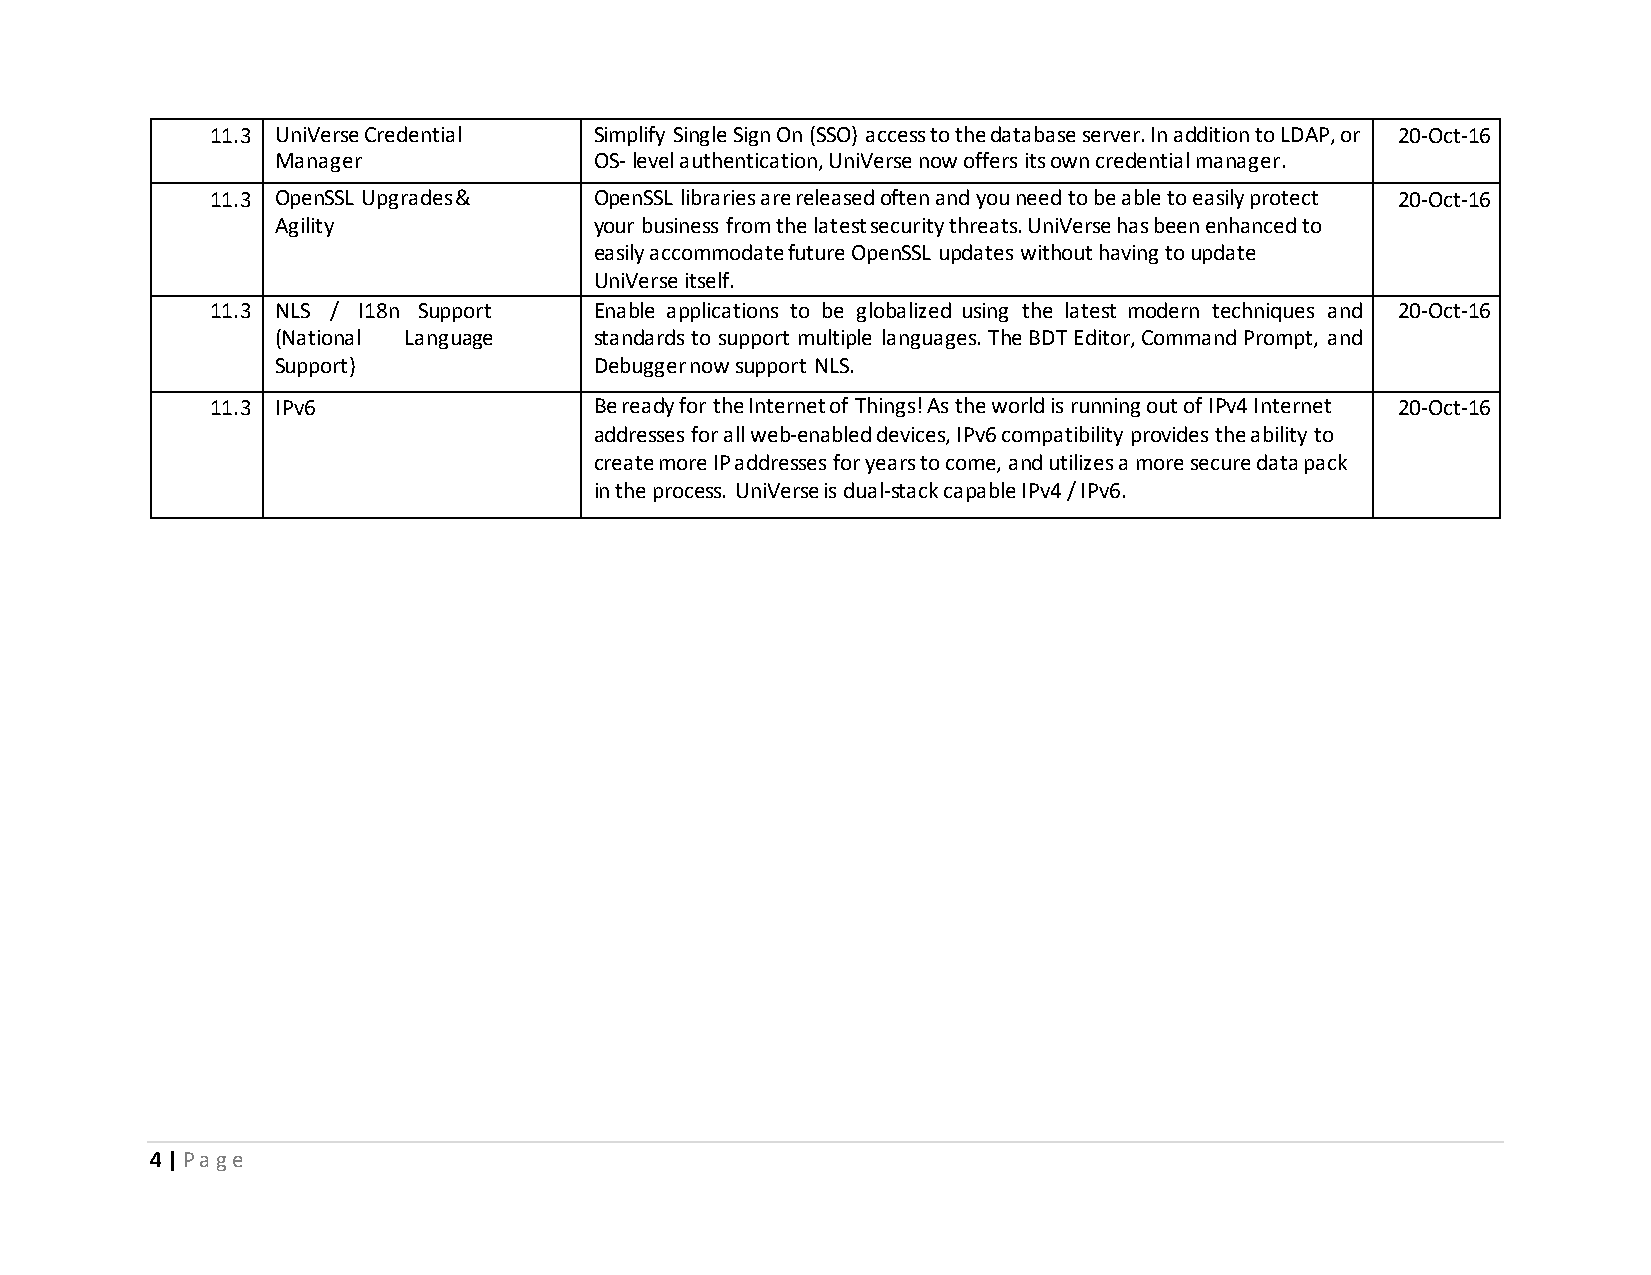
11.3 UniVerse Credential Simplify Single Sign On (SSO) access to the database server. In addition to LDAP, or 20-Oct-16
 Manager              OS- level authentication, UniVerse now offers its own credential manager.
 11.3 OpenSSL Upgrades &  OpenSSL libraries are released often and you need to be able to easily protect 20-Oct-16
 Agility              your business from the latest security threats. UniVerse has been enhanced to
 easily accommodate future OpenSSL updates without having to update
 UniVerse itself.
 11.3 NLS / I18n Support  Enable applications to be globalized using the latest modern techniques and 20-Oct-16
 (National Language   standards to support multiple languages. The BDT Editor, Command Prompt, and
 Support)             Debugger now support NLS.
 11.3 IPv6                Be ready for the Internet of Things! As the world is running out of IPv4 Internet 20-Oct-16
 addresses for all web-enabled devices, IPv6 compatibility provides the ability to
 create more IP addresses for years to come, and utilizes a more secure data pack
 in the process. UniVerse is dual-stack capable IPv4 / IPv6.
 4 | P a g e